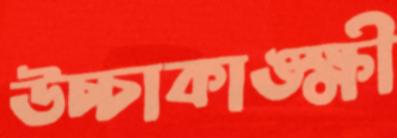
উচ্চাকাঙ্ক্ষী